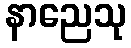
နာညေသု